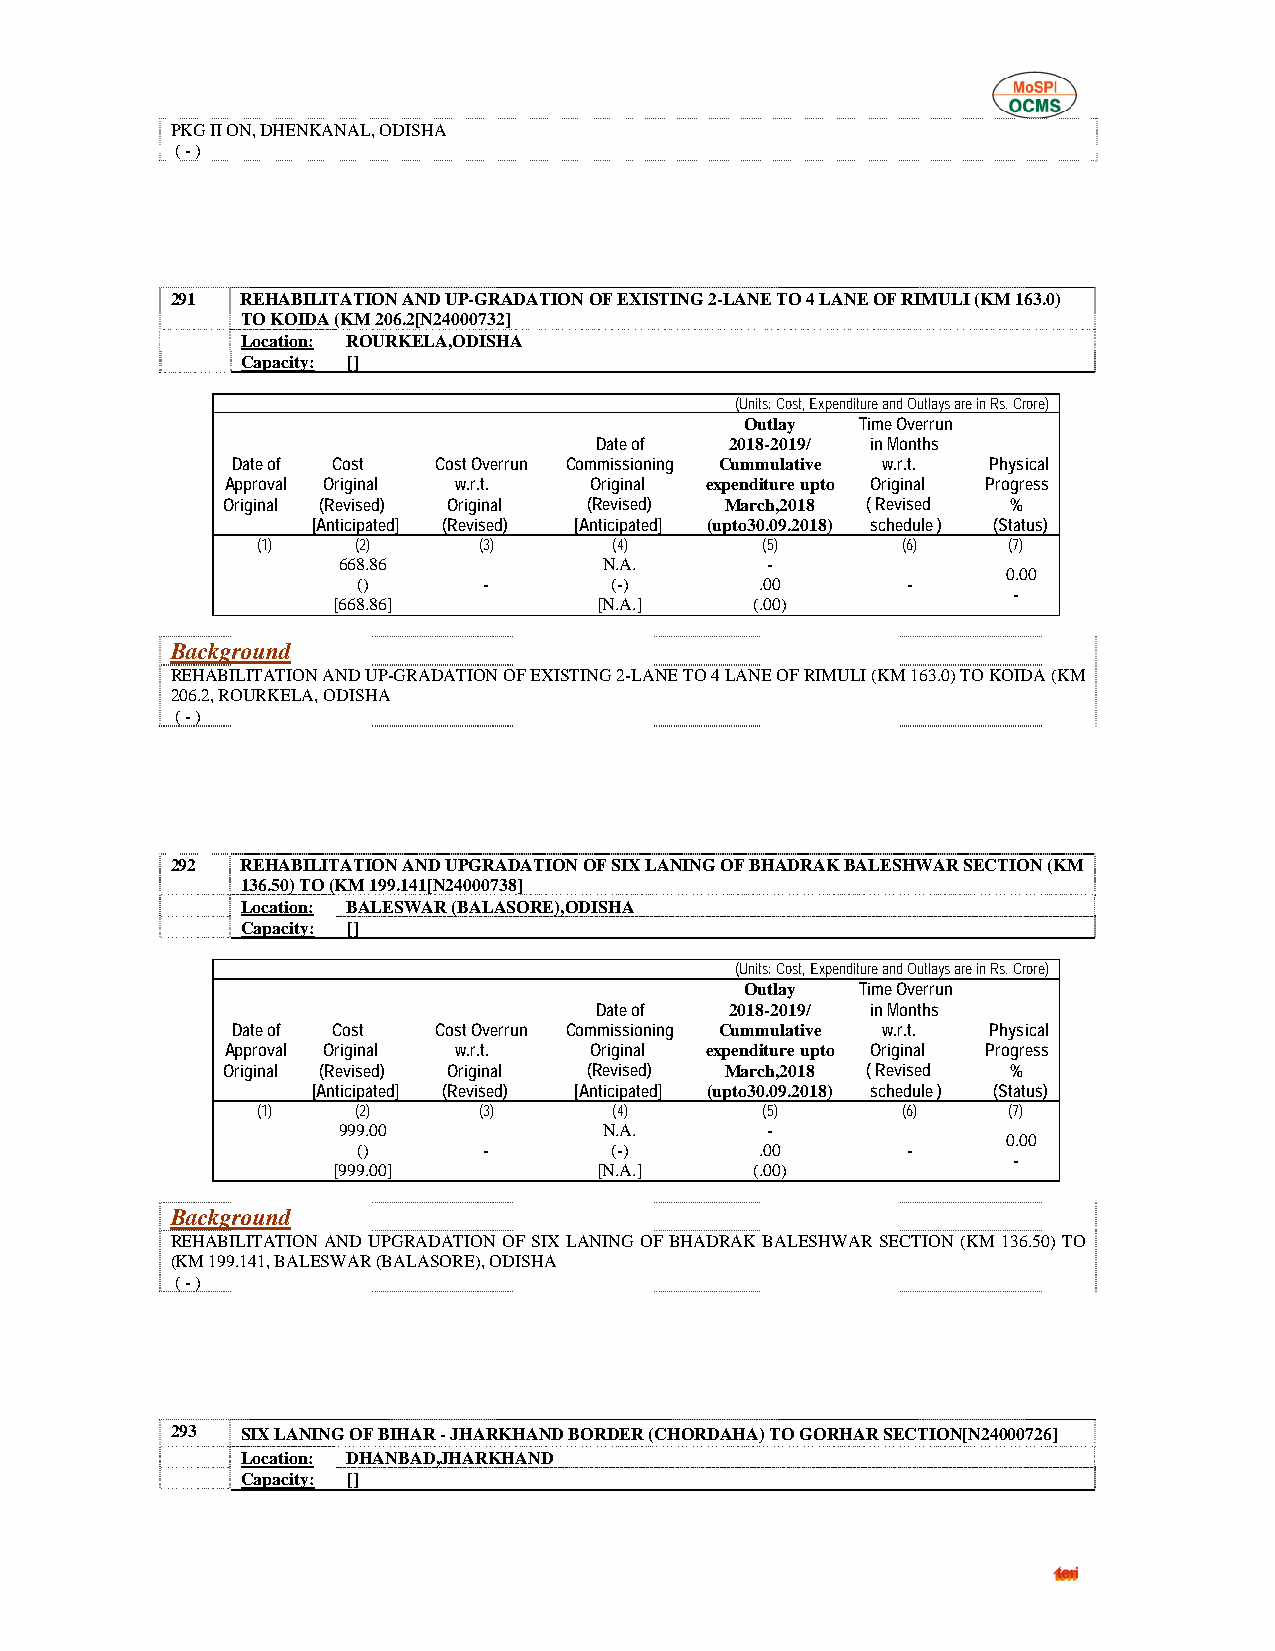
PKG II ON, DHENKANAL, ODISHA
 ( - )
 291  REHABILITATION AND UP-GRADATION OF EXISTING 2-LANE TO 4 LANE OF RIMULI (KM 163.0)
 TO KOIDA (KM 206.2[N24000732]
 Location: ROURKELA,ODISHA
 Capacity: []
 (Units: Cost, Expenditure and Outlays are in Rs. Crore)
 Outlay  Time Overrun
 Date of  2018-2019/ in Months
 Date of Cost  Cost Overrun Commissioning Cummulative w.r.t. Physical
 Approval Original w.r.t. Original expenditure upto Original Progress
 Original (Revised) Original (Revised) March,2018 ( Revised %
 [Anticipated] (Revised) [Anticipated] (upto30.09.2018) schedule ) (Status)
 (1)    (2)     (3)      (4)      (5)       (6)    (7)
 668.86            N.A.       -
 0.00
 ()      -       (-)       .00       -
 -
 [668.86]          [N.A.]    (.00)
 Background
 REHABILITATION AND UP-GRADATION OF EXISTING 2-LANE TO 4 LANE OF RIMULI (KM 163.0) TO KOIDA (KM
 206.2, ROURKELA, ODISHA
 ( - )
 292  REHABILITATION AND UPGRADATION OF SIX LANING OF BHADRAK BALESHWAR SECTION (KM
 136.50) TO (KM 199.141[N24000738]
 Location: BALESWAR (BALASORE),ODISHA
 Capacity: []
 (Units: Cost, Expenditure and Outlays are in Rs. Crore)
 Outlay  Time Overrun
 Date of  2018-2019/ in Months
 Date of Cost  Cost Overrun Commissioning Cummulative w.r.t. Physical
 Approval Original w.r.t. Original expenditure upto Original Progress
 Original (Revised) Original (Revised) March,2018 ( Revised %
 [Anticipated] (Revised) [Anticipated] (upto30.09.2018) schedule ) (Status)
 (1)    (2)     (3)      (4)      (5)       (6)    (7)
 999.00            N.A.       -
 0.00
 ()      -       (-)       .00       -
 -
 [999.00]          [N.A.]    (.00)
 Background
 REHABILITATION AND UPGRADATION OF SIX LANING OF BHADRAK BALESHWAR SECTION (KM 136.50) TO
 (KM 199.141, BALESWAR (BALASORE), ODISHA
 ( - )
 293  SIX LANING OF BIHAR - JHARKHAND BORDER (CHORDAHA) TO GORHAR SECTION[N24000726]
 Location: DHANBAD,JHARKHAND
 Capacity: []